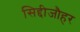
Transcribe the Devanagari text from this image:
सिद्दीजौहर